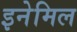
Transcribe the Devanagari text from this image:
इनेमिल